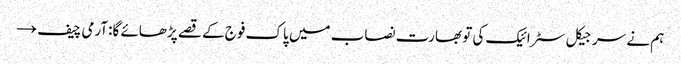
ہم نے سرجیکل سٹرائیک کی تو بھارت نصاب میں پاک فوج کے قصے پڑھائے گا:آرمی چیف →